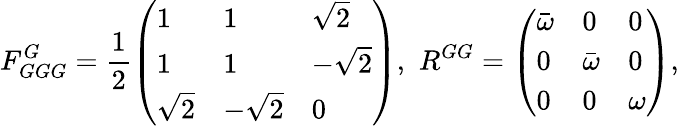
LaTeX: F_{GGG}^{G}=\frac{1}{2}\left(\begin{array}{lll}{1}&{1}&{\sqrt{2}}\\ {1}&{1}&{-\sqrt{2}}\\ {\sqrt{2}}&{-\sqrt{2}}&{0}\end{array}\right),\, \, R^{GG}=\left(\begin{array}{lll}{\bar{\omega}}&{0}&{0}\\ {0}&{\bar{\omega}}&{0}\\ {0}&{0}&{\omega}\end{array}\right),